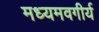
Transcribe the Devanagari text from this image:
मध्यमवगीर्य